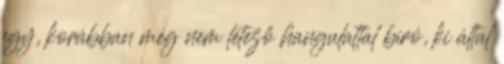
egy, korábban még nem létező hangulattal bíró, ki által